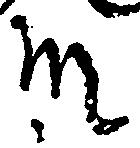
殿